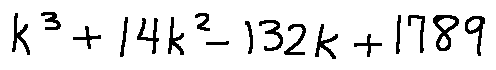
k ^ { 3 } + 1 4 k ^ { 2 } - 1 3 2 k + 1 7 8 9